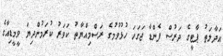
އަދާލަތު ޕާޓީގެ ދަރުސް ފެންޑާ ޖަގަހަ ހުޅުވުމުގެ ރަސްމިއްޔާތު ކަވަރު ކުރަމުންދިޔަ ވީމީޑިއާގެ